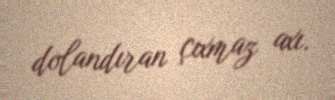
dolandıran çıxmaz axı.